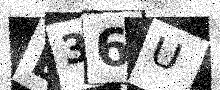
Text: E36U